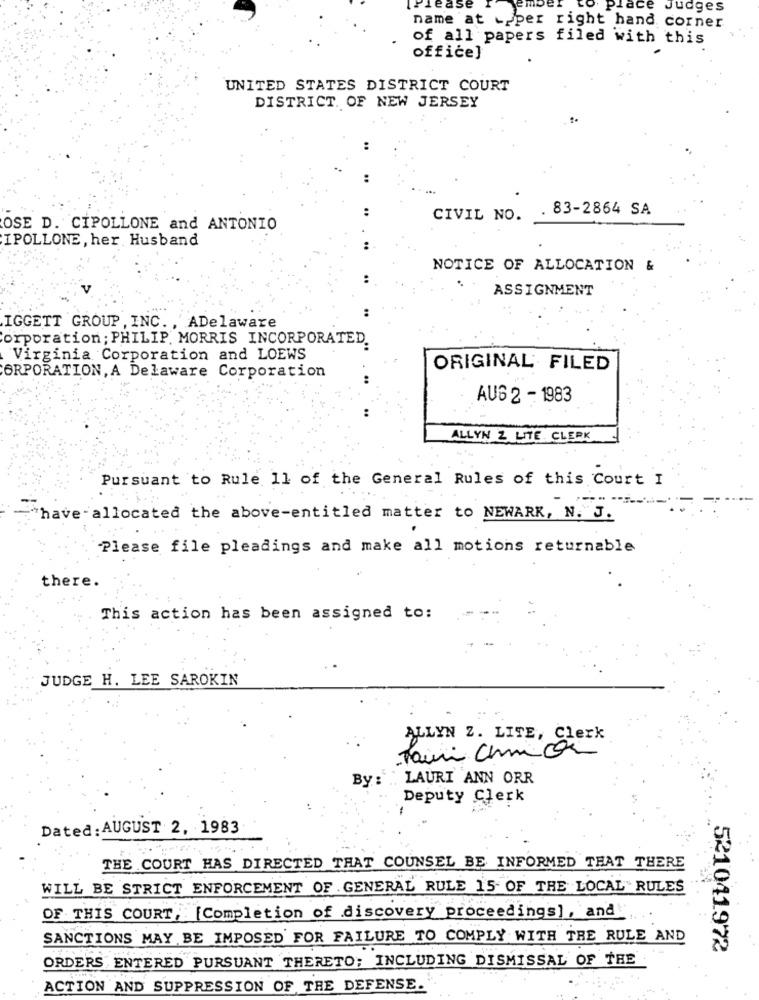
Ple
ace Judges
name at upper right hand corner
of all papers filed with this
office]
UNITED STATES DISTRICT COURT
DISTRICT. OF NEW JERSEY
83-2864 SA
CIVIL NO.
OSE D. CIPOLLONE and ANTONIO
IPOLLONE, her Husband
NOTICE OF ALLOCATION &
ASSIGNMENT
IGGETT GROUP , INC ., ADelaware
corporation; PHILIP MORRIS INCORPORATED.
Virginia Corporation and LOEWS
ORIGINAL FILED
GRPORATION, A Delaware Corporation
AU6 2 - 1983
ALLYN 2 LITE CLERK
Pursuant to Rule 11 of the General Rules of this Court I
"have -allocated the above-entitled matter to NEWARK, N."J.
Please file pleadings and make all motions returnable
there.
This action has been assigned to:
JUDGE H. LEE SAROKIN
ALLYN 2. LITE, Clerk
By :
LAURI ANN ORR
Deputy Clerk
-
Dated: AUGUST 2, 1983
THE COURT HAS DIRECTED THAT COUNSEL BE INFORMED THAT THERE
WILL BE STRICT ENFORCEMENT OF GENERAL RULE 15- OF THE LOCAL RULES
OF THIS COURT, [Completion of discovery proceedings], and
SANCTIONS MAY BE IMPOSED FOR FAILURE TO COMPLY WITH THE RULE AND
521041972
ORDERS ENTERED PURSUANT THERETO; INCLUDING DISMISSAL OF THE
ACTION AND SUPPRESSION OF THE DEFENSE.